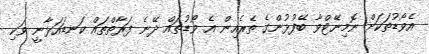
އެވޯޑުތަކަށް ނޮމިނޭޓްވާ ބޭފުޅުންގެ ތެރެއިން އެ ވޯޑުތައް ދޭނެ ފަރާތްތައް ކަނޑައަޅާނީ ވަކި